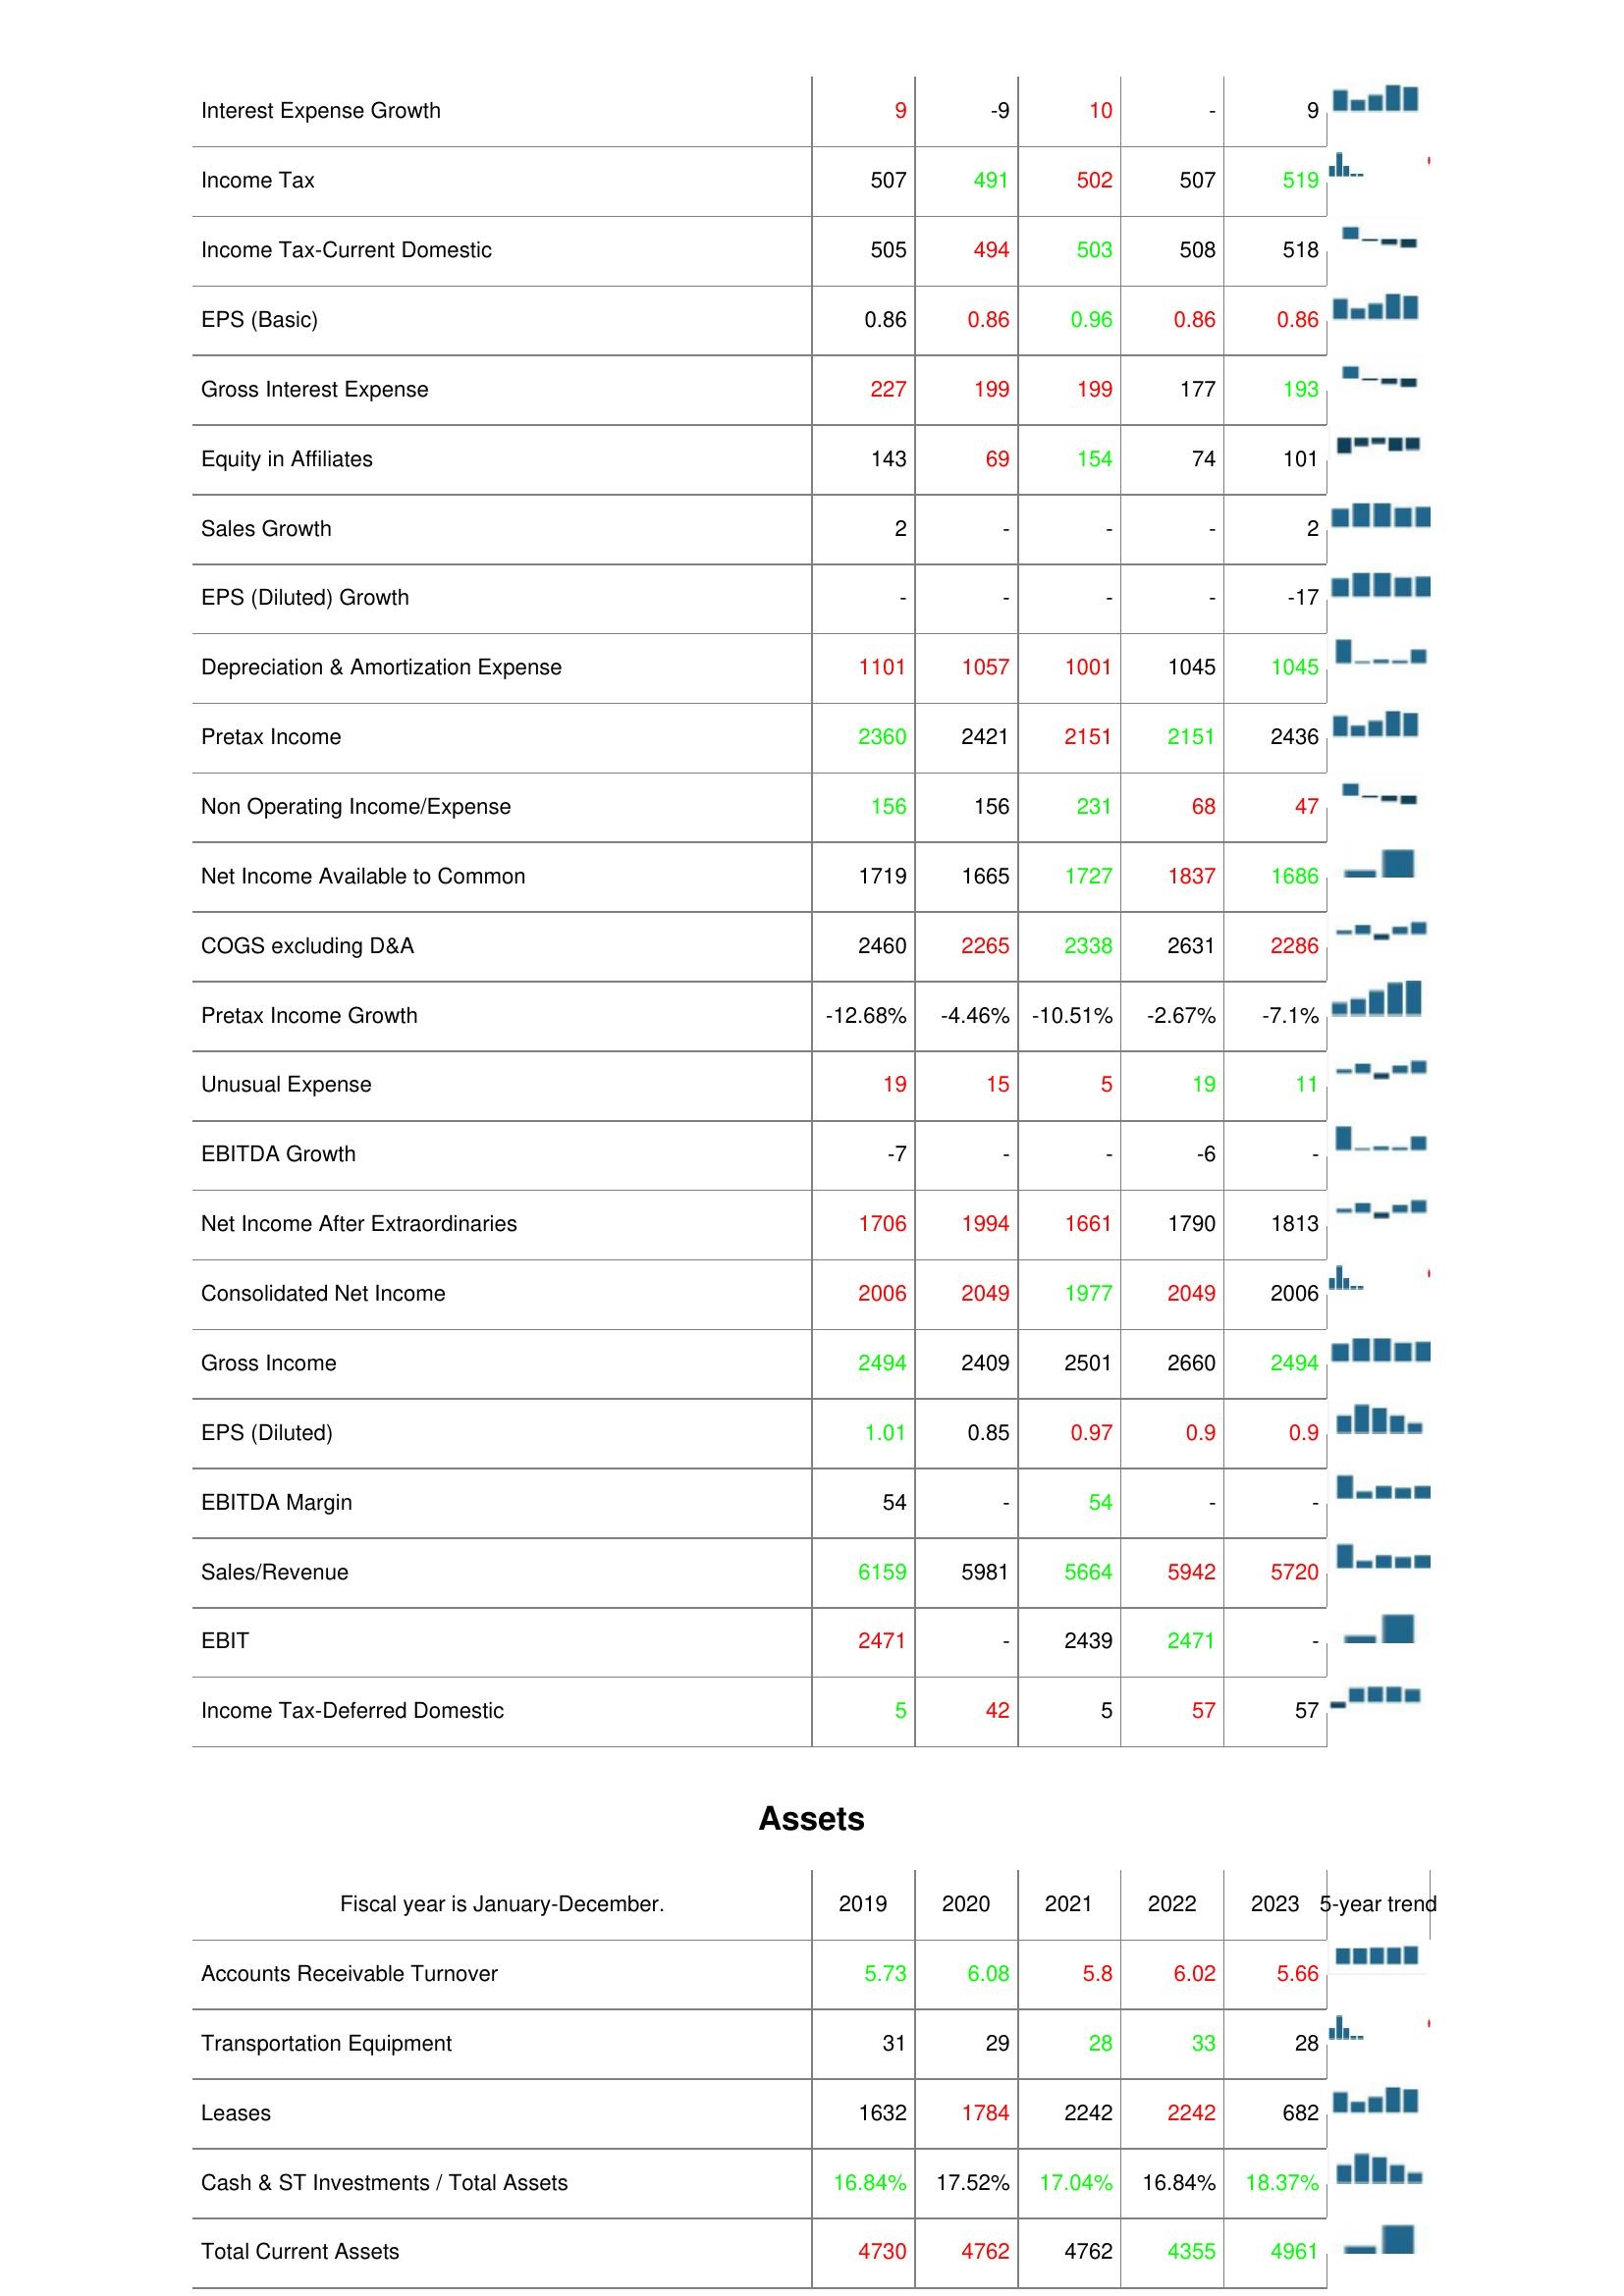
2019: : Interest Expense Growth: 9
Income Tax: 507
Income Tax-Current Domestic: 505
EPS (Basic): 0.86
Gross Interest Expense: 227
Equity in Affiliates: 143
Sales Growth: 2
EPS (Diluted) Growth: -
Depreciation & Amortization Expense: 1101
Pretax Income: 2360
Non Operating Income/Expense: 156
Net Income Available to Common: 1719
COGS excluding D&A: 2460
Pretax Income Growth: -12.68%
Unusual Expense: 19
EBITDA Growth: -7
Net Income After Extraordinaries: 1706
Consolidated Net Income: 2006
Gross Income: 2494
EPS (Diluted): 1.01
EBITDA Margin: 54
Sales/Revenue: 6159
EBIT: 2471
Income Tax-Deferred Domestic: 5
Assets: Accounts Receivable Turnover: 5.73
Transportation Equipment: 31
Leases: 1632
Cash & ST Investments / Total Assets: 16.84%
Total Current Assets: 4730
2020: : Interest Expense Growth: -9
Income Tax: 491
Income Tax-Current Domestic: 494
EPS (Basic): 0.86
Gross Interest Expense: 199
Equity in Affiliates: 69
Sales Growth: -
EPS (Diluted) Growth: -
Depreciation & Amortization Expense: 1057
Pretax Income: 2421
Non Operating Income/Expense: 156
Net Income Available to Common: 1665
COGS excluding D&A: 2265
Pretax Income Growth: -4.46%
Unusual Expense: 15
EBITDA Growth: -
Net Income After Extraordinaries: 1994
Consolidated Net Income: 2049
Gross Income: 2409
EPS (Diluted): 0.85
EBITDA Margin: -
Sales/Revenue: 5981
EBIT: -
Income Tax-Deferred Domestic: 42
Assets: Accounts Receivable Turnover: 6.08
Transportation Equipment: 29
Leases: 1784
Cash & ST Investments / Total Assets: 17.52%
Total Current Assets: 4762
2021: : Interest Expense Growth: 10
Income Tax: 502
Income Tax-Current Domestic: 503
EPS (Basic): 0.96
Gross Interest Expense: 199
Equity in Affiliates: 154
Sales Growth: -
EPS (Diluted) Growth: -
Depreciation & Amortization Expense: 1001
Pretax Income: 2151
Non Operating Income/Expense: 231
Net Income Available to Common: 1727
COGS excluding D&A: 2338
Pretax Income Growth: -10.51%
Unusual Expense: 5
EBITDA Growth: -
Net Income After Extraordinaries: 1661
Consolidated Net Income: 1977
Gross Income: 2501
EPS (Diluted): 0.97
EBITDA Margin: 54
Sales/Revenue: 5664
EBIT: 2439
Income Tax-Deferred Domestic: 5
Assets: Accounts Receivable Turnover: 5.8
Transportation Equipment: 28
Leases: 2242
Cash & ST Investments / Total Assets: 17.04%
Total Current Assets: 4762
2022: : Interest Expense Growth: -
Income Tax: 507
Income Tax-Current Domestic: 508
EPS (Basic): 0.86
Gross Interest Expense: 177
Equity in Affiliates: 74
Sales Growth: -
EPS (Diluted) Growth: -
Depreciation & Amortization Expense: 1045
Pretax Income: 2151
Non Operating Income/Expense: 68
Net Income Available to Common: 1837
COGS excluding D&A: 2631
Pretax Income Growth: -2.67%
Unusual Expense: 19
EBITDA Growth: -6
Net Income After Extraordinaries: 1790
Consolidated Net Income: 2049
Gross Income: 2660
EPS (Diluted): 0.9
EBITDA Margin: -
Sales/Revenue: 5942
EBIT: 2471
Income Tax-Deferred Domestic: 57
Assets: Accounts Receivable Turnover: 6.02
Transportation Equipment: 33
Leases: 2242
Cash & ST Investments / Total Assets: 16.84%
Total Current Assets: 4355
2023: : Interest Expense Growth: 9
Income Tax: 519
Income Tax-Current Domestic: 518
EPS (Basic): 0.86
Gross Interest Expense: 193
Equity in Affiliates: 101
Sales Growth: 2
EPS (Diluted) Growth: -17
Depreciation & Amortization Expense: 1045
Pretax Income: 2436
Non Operating Income/Expense: 47
Net Income Available to Common: 1686
COGS excluding D&A: 2286
Pretax Income Growth: -7.1%
Unusual Expense: 11
EBITDA Growth: -
Net Income After Extraordinaries: 1813
Consolidated Net Income: 2006
Gross Income: 2494
EPS (Diluted): 0.9
EBITDA Margin: -
Sales/Revenue: 5720
EBIT: -
Income Tax-Deferred Domestic: 57
Assets: Accounts Receivable Turnover: 5.66
Transportation Equipment: 28
Leases: 682
Cash & ST Investments / Total Assets: 18.37%
Total Current Assets: 4961